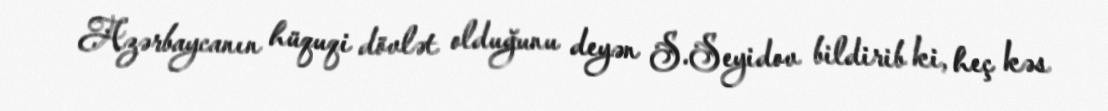
Azərbaycanın hüquqi dövlət olduğunu deyən S.Seyidov bildirib ki, heç kəs